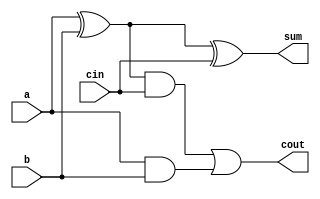
module top_module( 
    input a, b, cin,
    output cout, sum 
);

    wire w=a^b;
	
	assign sum = w ^ cin;
    assign cout = (w & cin) | (a & b);
	
endmodule